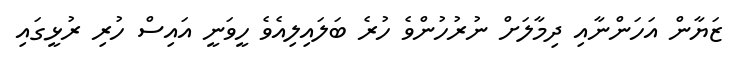
ޒަޔާން އަހަންނާއި ދިމާލަށް ނުރުހުންވެ ހުރެ ބަލައިލިއެވެ ހީވަނީ އައިސް ހުރި ރުޅީގައި